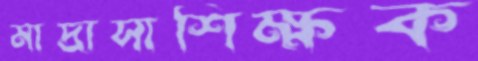
মাদ্রাসাশিক্ষক